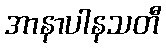
အာနာပါနသတီ